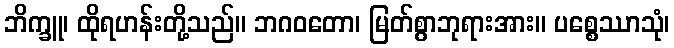
ဘိက္ခူ၊ ထိုရဟန်းတို့သည်။ ဘဂဝတော၊ မြတ်စွာဘုရားအား။ ပစ္စေဿာသုံ၊